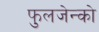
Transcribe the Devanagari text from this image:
फुलजेन्को